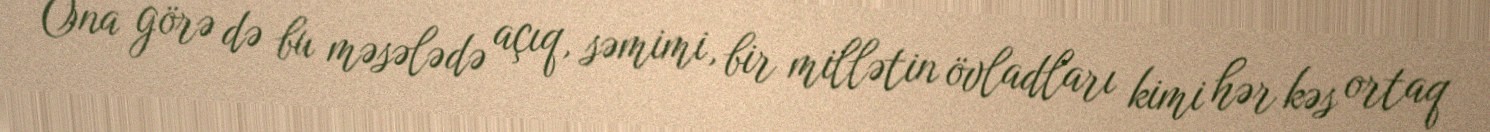
Ona görə də bu məsələdə açıq, səmimi, bir millətin övladları kimi hər kəs ortaq